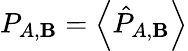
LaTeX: P_{A,\mathbf{B}}=\left\langle\hat{{P}}_{A,\mathbf{B}}\right\rangle